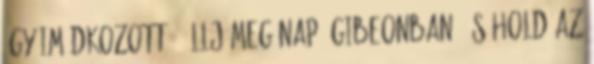
így imádkozott: “Állj meg nap, Gibeonban, és hold az